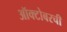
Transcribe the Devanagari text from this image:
ऑक्टोबरची